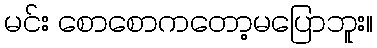
မင်း စောစောကတော့မပြောဘူး။